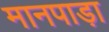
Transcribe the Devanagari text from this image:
मानपाड़ा